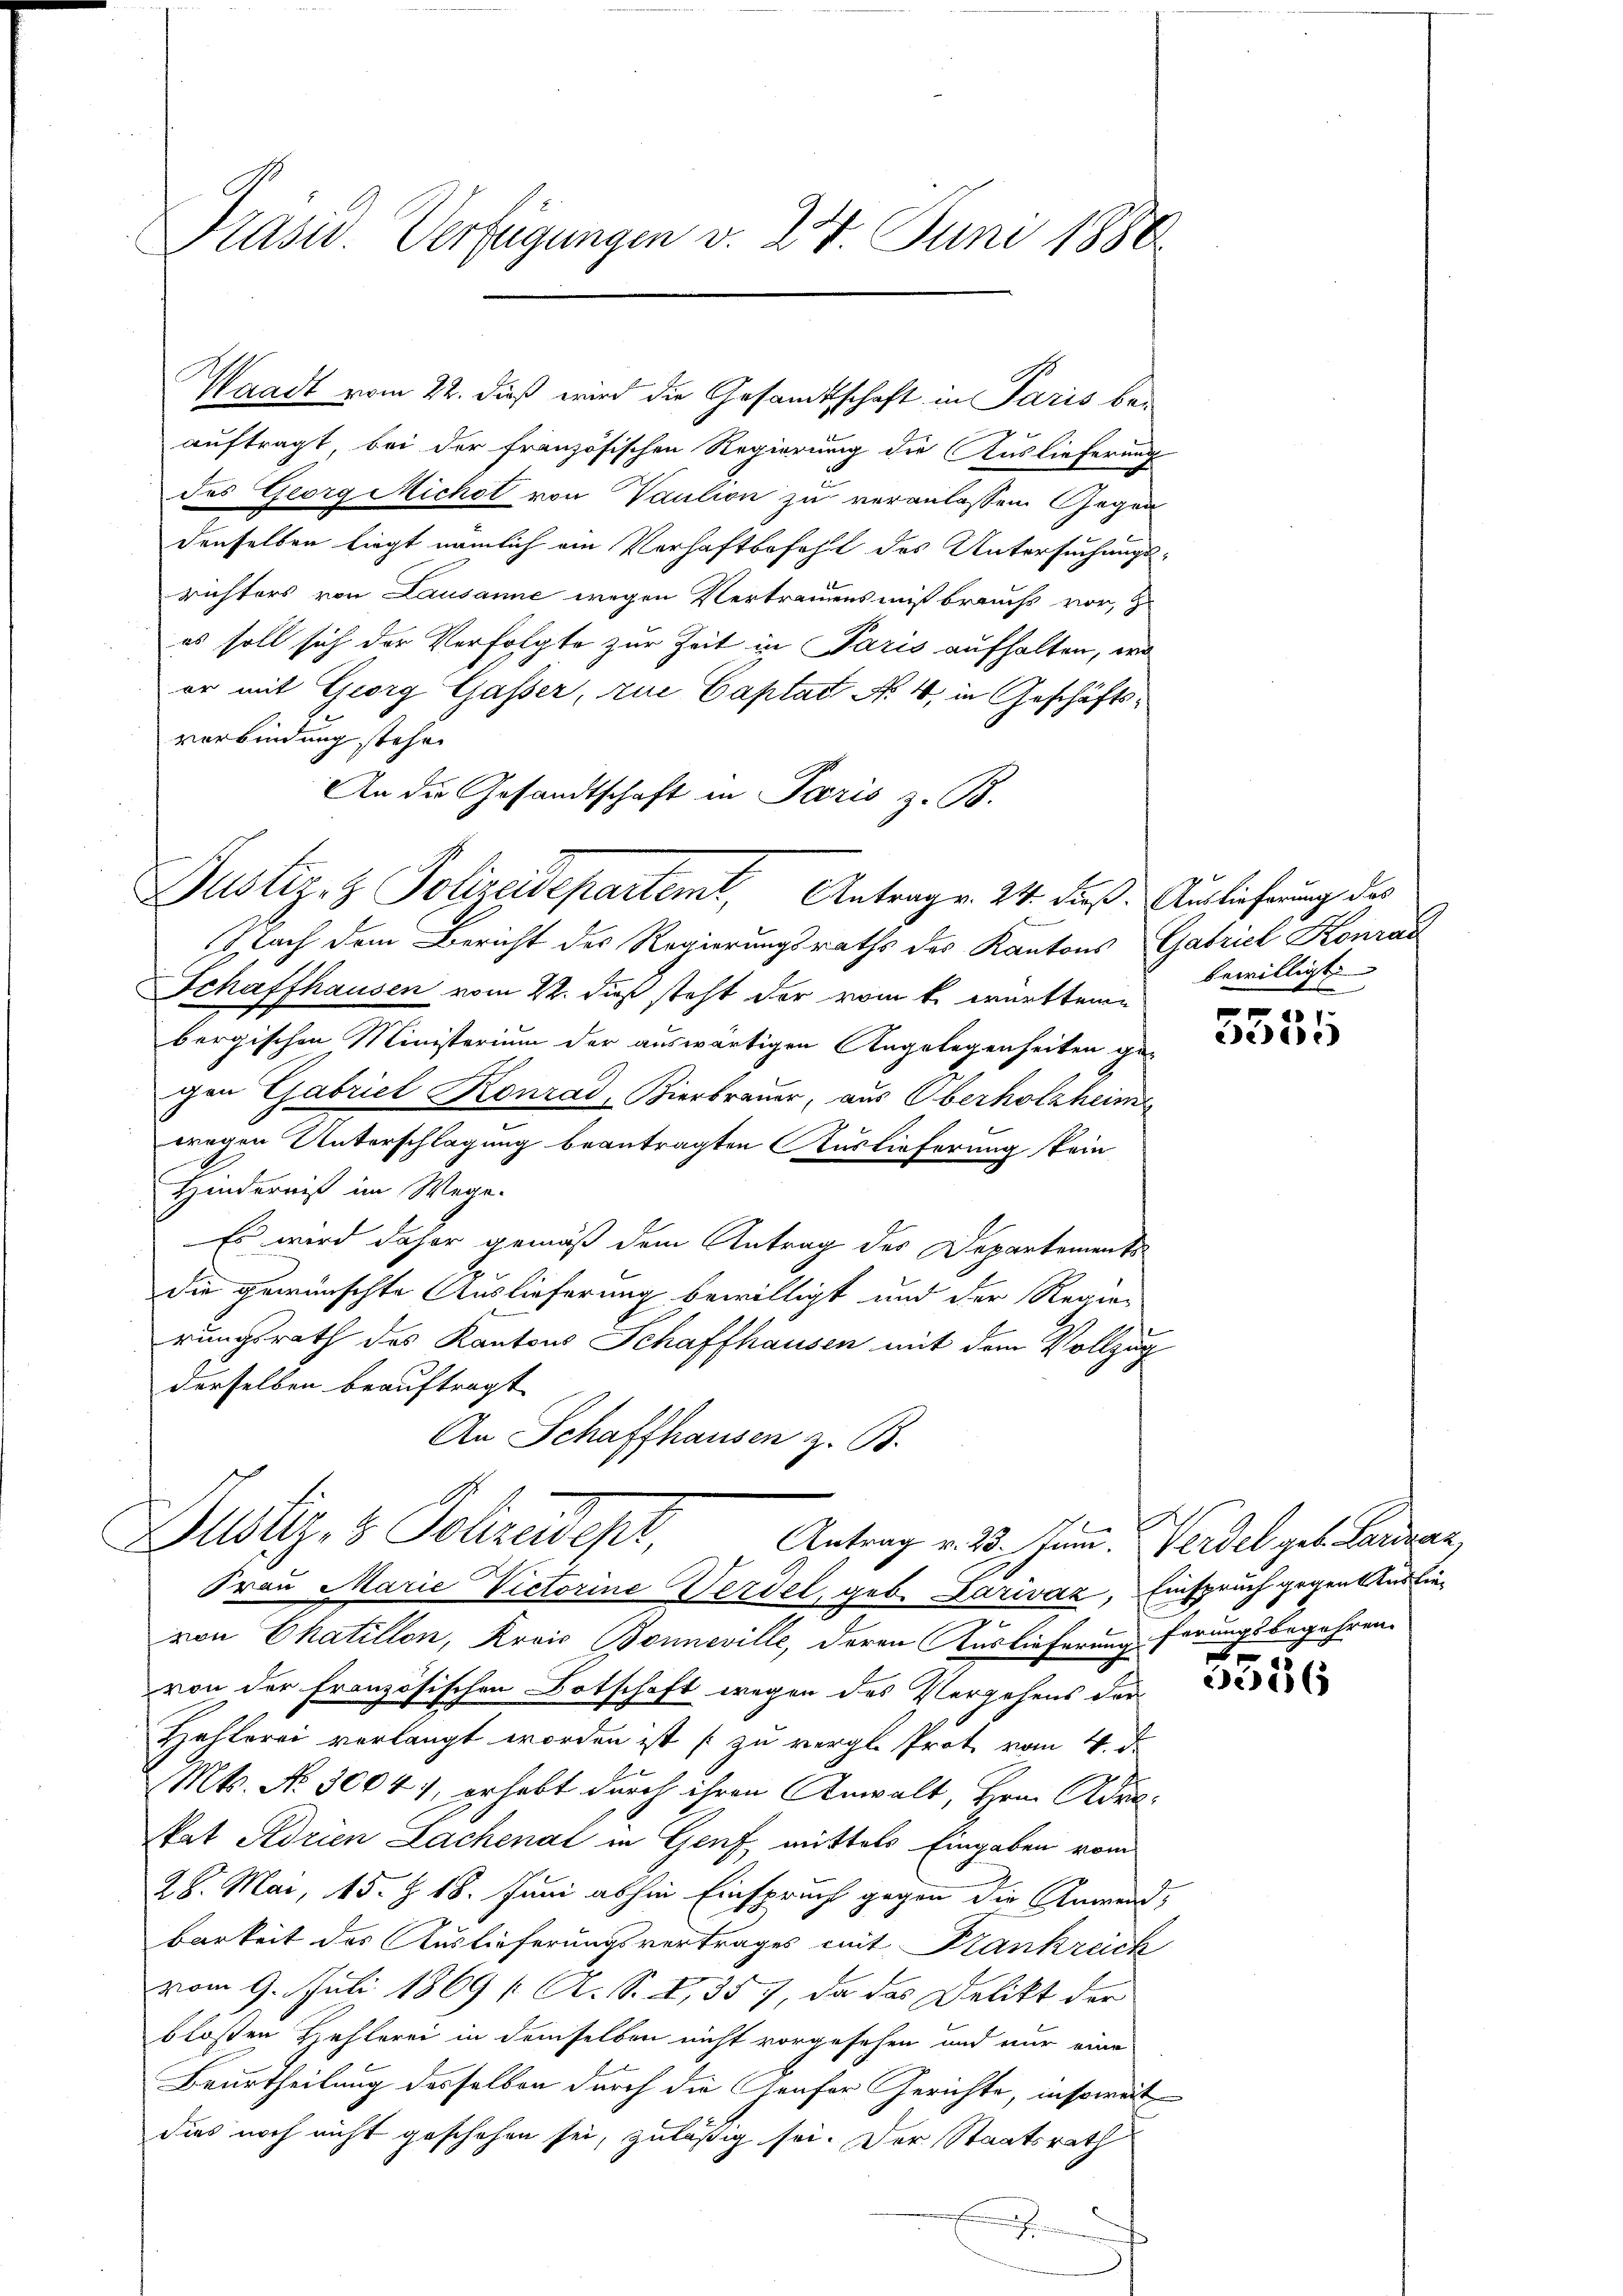
Präsid. Verfügungen v. 24. Juni 1880

auftragt, bei der französischen Regierung die Auslieferung
des Georg Michst von Vaution zu veranlassen Gegen
denselben liegt nämlich am Verhaftbefehlt des Untersuchungsrichters von Lausanne wegen Vertrauensmißbrauchs vor, zu
es soll sich der Verfolgte zur Zeit in Paris aufhalten, wo
er mit Georg Gasser, zue Captat No. 4, in Geschäftsverbindung stehen
An die Gesandtschaft in Paris z. B.
Nach dem Bericht des Regierungsraths des Kantons Gabriel Konrad
Schaffhausen vom 22. dieß steht der vom k. württem
bergischen Ministerium der auswärtigen Angelegenheiten ge-
gen Gabriel Konrad Bierbrauer, aus Oberholzheim
wegen Unterschlagung beantragten Auslieferung kein
Hinderniß im Wege.
Es wird daher gemäß dem Antrag des Departements
die gewünschte Auslieferung bewilligt und der Regier
rungsrath des Kantons Schaffhausen mit dem Vollzug
derselben beauftragt
An Schaffhausen z. B.

Waadt vom 22. dieß wird die Gesamtschaft in Paris be¬

Justiz- & Polizeideparteme, Antragen 24. dieß. Auslieferung des

Justiz- & Polizeidept,
Antrag v. 23. Juni.
Frau Marie Victorine Werdel, geb. Lariváz, Einspruch gegen Auslie¬

bewilligt.
n

von Chatillon, Krais Bonneville, deren Auslieferungferungsbegehren.
von der französischen Botschaft wegen des Vergehens der
Hehlerei verlangt worden ist zu vergl. Prote vom 4. d.
Mts. No. 30044, erhebt durch ihren Anwalt, Hrn. Adrokat Adrien Lachenat in Genf mittels Eingaben vom
28. Mai, 15. Z. 18. Juni abhin Einspruch gegen die Anwendbarkeit des Auslieferungsvertrages mit Frankreich
vom 9. Juli 1869 [ A. S. 2, 357, da das Delikt der
bloßen Hehlerei in demselben nicht vorgesehen und nur eine
Beurtheilung desselben durch die Genfer Gerichte, insoweit
dies noch nicht geschehen sei, zuläßig sei. Der Staatsrath

ede

Verdel geb. Landern,

x
256